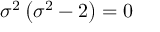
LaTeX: \sigma ^ { 2 } \left( \sigma ^ { 2 } - 2 \right) = 0